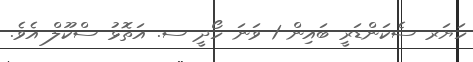
ހަޔަރ ސެކަންޑަރީ ބައިން 1 ވަނަ ހޯދީ ސ. އަތޮޅު ސްކޫލް އެވެ.